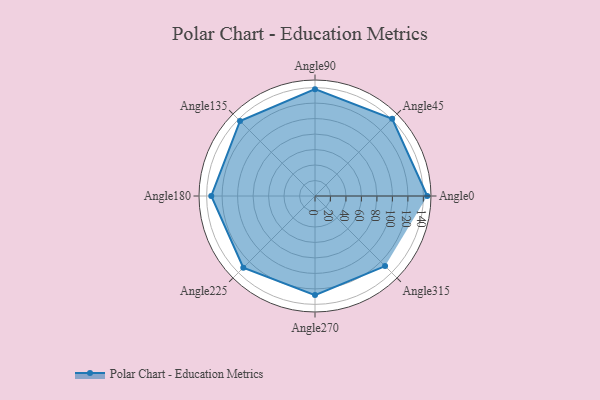
{"axis": {"x": "Angle", "y": "Radius"}, "legend": [""], "data": [{"x": "Angle0", "y": 145.0, "type": ""}, {"x": "Angle45", "y": 141.0, "type": ""}, {"x": "Angle90", "y": 138.0, "type": ""}, {"x": "Angle135", "y": 137.0, "type": ""}, {"x": "Angle180", "y": 134.0, "type": ""}, {"x": "Angle225", "y": 131.0, "type": ""}, {"x": "Angle270", "y": 128.0, "type": ""}, {"x": "Angle315", "y": 128.0, "type": ""}]}